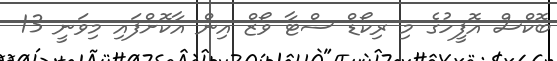
ބޮކްސް އޮފީހުގެ މި ރިކޯޑް ސްޓާ ވޯޒް އިން އާކޮށްފައި މިވަނީ 13